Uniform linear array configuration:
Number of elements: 16
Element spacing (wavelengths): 1
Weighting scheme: binomial
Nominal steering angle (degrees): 60
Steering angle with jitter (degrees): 60.152
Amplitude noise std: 0.05
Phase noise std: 0.05

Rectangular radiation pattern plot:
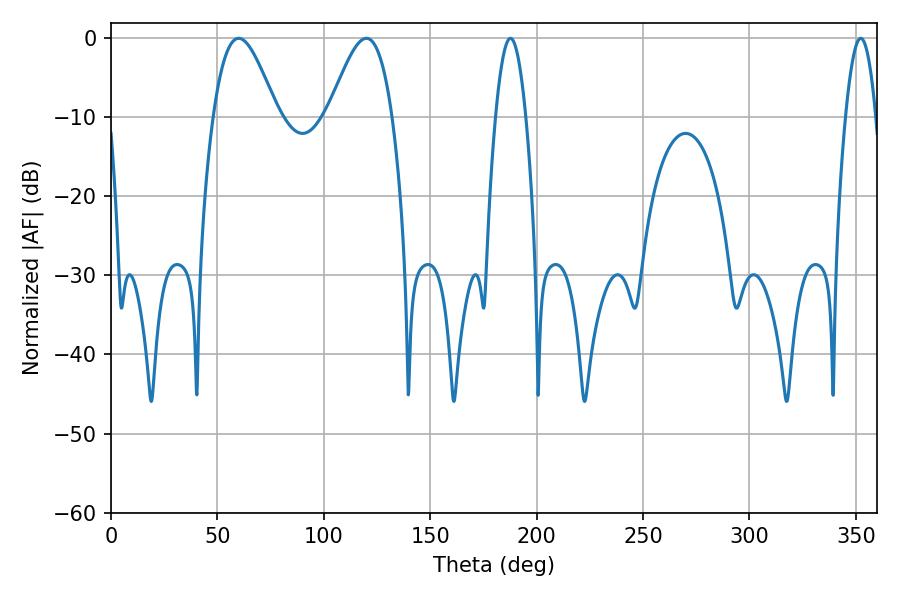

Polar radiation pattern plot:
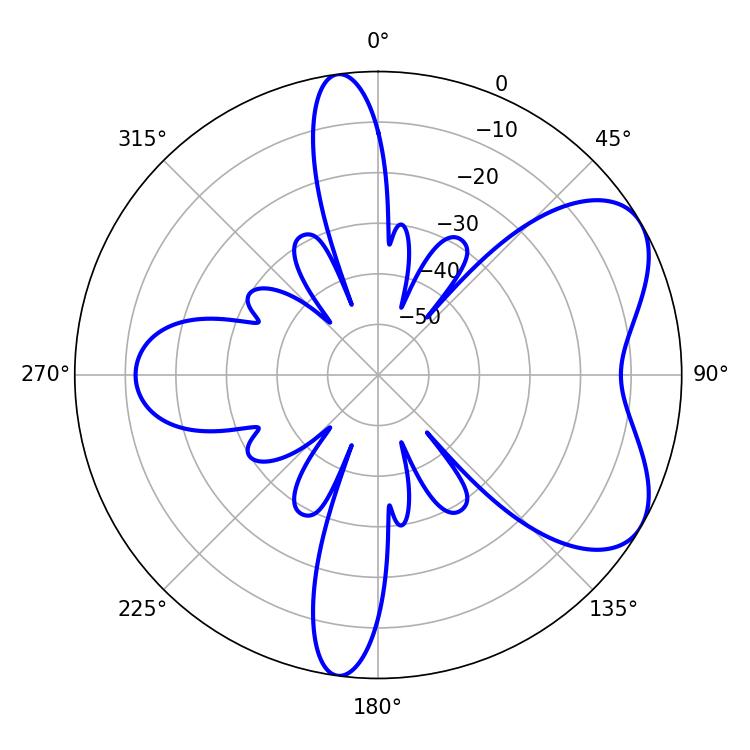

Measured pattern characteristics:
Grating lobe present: TRUE
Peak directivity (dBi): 6.037
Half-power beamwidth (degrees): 16.02
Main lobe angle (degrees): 59.94